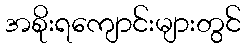
အစိုးရကျောင်းများတွင်